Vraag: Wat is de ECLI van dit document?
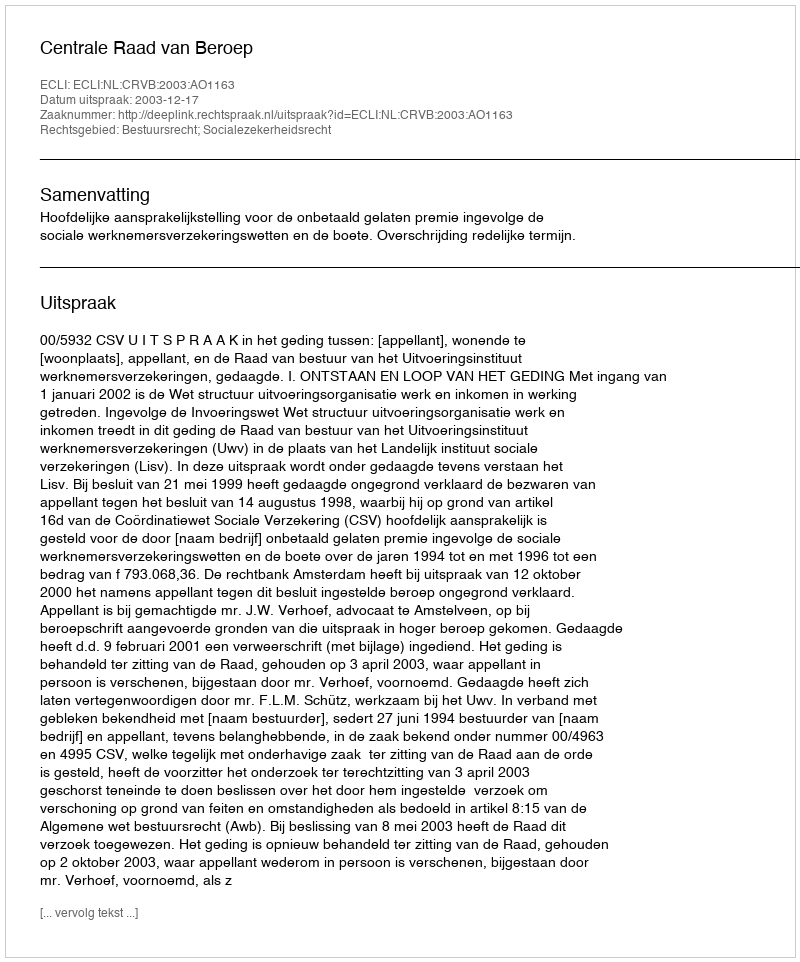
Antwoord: ECLI:NL:CRVB:2003:AO1163